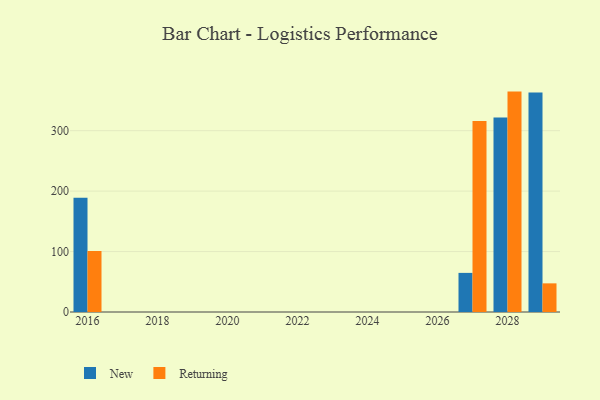
{"axis": {"x": "Year", "y": "Temperature (°C)"}, "legend": ["New", "Returning"], "data": [{"x": "2027", "y": 64.7, "type": "New"}, {"x": "2027", "y": 316.1, "type": "Returning"}, {"x": "2028", "y": 321.6, "type": "New"}, {"x": "2028", "y": 364.6, "type": "Returning"}, {"x": "2029", "y": 363.1, "type": "New"}, {"x": "2029", "y": 47.4, "type": "Returning"}, {"x": "2016", "y": 189.2, "type": "New"}, {"x": "2016", "y": 100.9, "type": "Returning"}]}